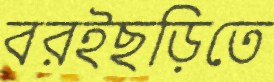
বরইছড়িতে